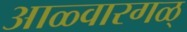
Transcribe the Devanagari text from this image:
आळ्वारगळ्